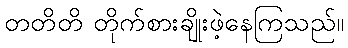
တတိတိ တိုက်စားချိုးဖဲ့နေကြသည်။